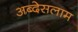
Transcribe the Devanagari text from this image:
अब्देसलाम